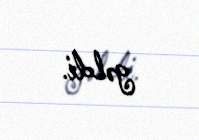
gəldi.